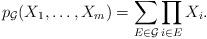
LaTeX: \begin{align*}p_{\mathcal{G}}(X_1,\ldots,X_m) = \sum_{E\in \mathcal{G}}\prod_{i\in E}X_i. \end{align*}